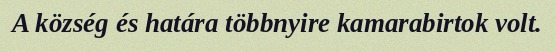
A község és határa többnyire kamarabirtok volt.